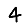
Digit: 4